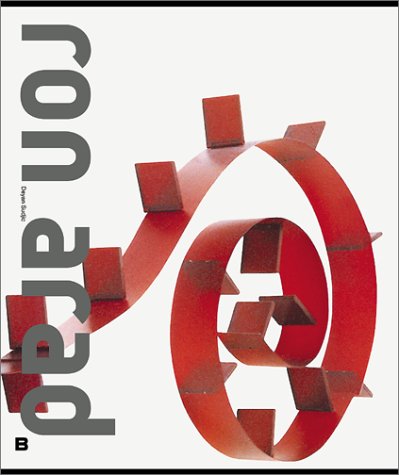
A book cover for Ron Arad; Deyan Sudjic; Biographies & Memoirs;